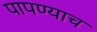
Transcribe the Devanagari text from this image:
पापण्याच